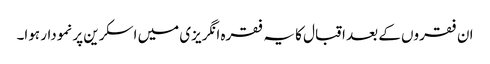
ان فقروں کے بعد اقبال کا یہ فقرہ انگریزی میں اسکرین پر نمودار ہوا۔